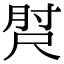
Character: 𡬰